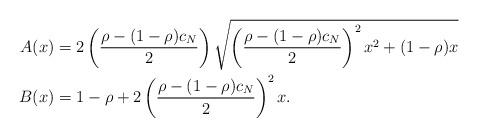
LaTeX: \begin{align*}A(x)&= 2\left( \frac{\rho-(1-\rho)c_N}2 \right)\sqrt{\left( \frac{\rho-(1-\rho)c_N}2 \right)^2x^2+(1-\rho)x} \\B(x)&= 1-\rho + 2 \left( \frac{\rho-(1-\rho)c_N}2 \right)^2x.\end{align*}